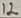
Text: 12